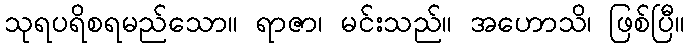
သုရပရိစရမည်သော။ ရာဇာ၊ မင်းသည်။ အဟောသိ၊ ဖြစ်ပြီ။